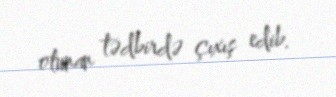
olunan tədbirdə çıxış edib.